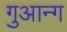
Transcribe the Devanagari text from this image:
गुआन्ग